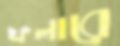
ফলারে